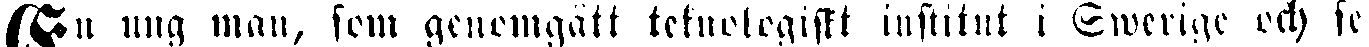
En ung man, som genomgått teknologiskt institut i Swerige och se